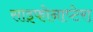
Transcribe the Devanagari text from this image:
साइफोनाप्टेरा